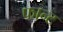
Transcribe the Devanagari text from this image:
फान्ट